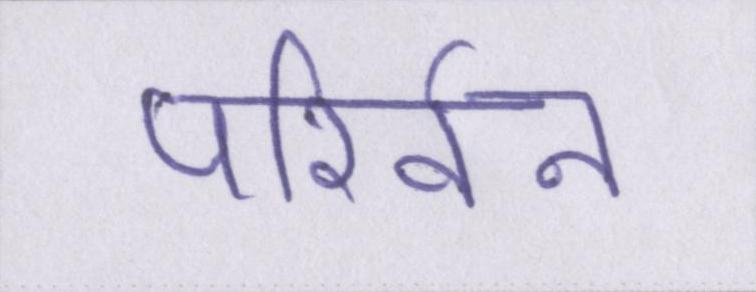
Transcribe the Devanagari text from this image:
परिर्वन